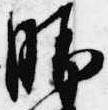
勝